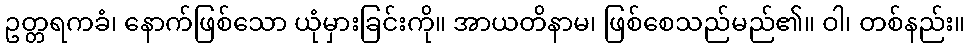
ဥတ္တရကခံ၊ နောက်ဖြစ်သော ယုံမှားခြင်းကို။ အာယတိနာမ၊ ဖြစ်စေသည်မည်၏။ ဝါ၊ တစ်နည်း။